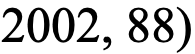
2002, 88)